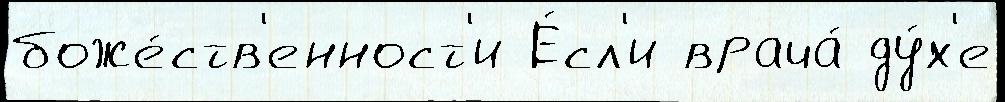
боже́ств'енност'и Е́сл'и врача́ ду́х'е